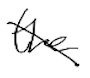
Text: the
Cross-out: diagonal
Writing tool: digital_black